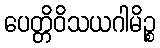
ပေတ္တိဝိသယဂါမိဉ္စ